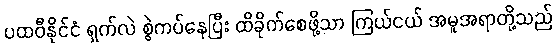
ပထဝီနိုင်ငံ ရှက်လဲ စွဲကပ်နေပြီး ထိခိုက်စေဖို့သာ ကြယ်ငယ် အမူအရာတို့သည်